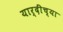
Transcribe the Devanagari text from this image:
यार्दींच्या